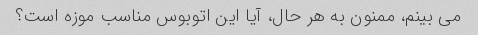
می بینم، ممنون به هر حال، آیا این اتوبوس مناسب موزه است؟